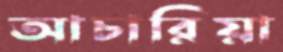
আচারিয়া